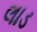
લાડ